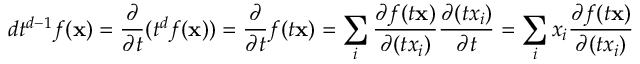
d t ^ { d - 1 } f ( \mathbf x ) = \frac { \partial } { \partial t } ( t ^ { d } f ( \mathbf x ) ) = \frac { \partial } { \partial t } f ( t \mathbf x ) = \sum _ { i } \frac { \partial f ( t \mathbf x ) } { \partial ( t x _ { i } ) } \frac { \partial ( t x _ { i } ) } { \partial t } = \sum _ { i } x _ { i } \frac { \partial f ( t \mathbf x ) } { \partial ( t x _ { i } ) }